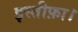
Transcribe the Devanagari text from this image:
इस्तीफ़ा।